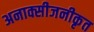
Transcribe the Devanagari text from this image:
अनाक्सीजनीकृत